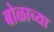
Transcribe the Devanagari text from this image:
बोळाच्या